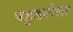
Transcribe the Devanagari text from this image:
पहुडलेला